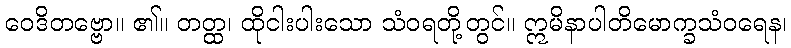
ဝေဒိတဗ္ဗော။ ၏။ တတ္ထ၊ ထိုငါးပါးသော သံဝရတို့တွင်။ ဣမိနာပါတိမောက္ခသံဝရေန၊